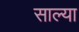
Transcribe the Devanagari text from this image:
साल्या